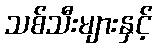
သစ်သီးများနှင့်